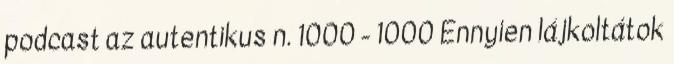
podcast az autentikus n. 1000 - 1000 Ennyien lájkoltátok